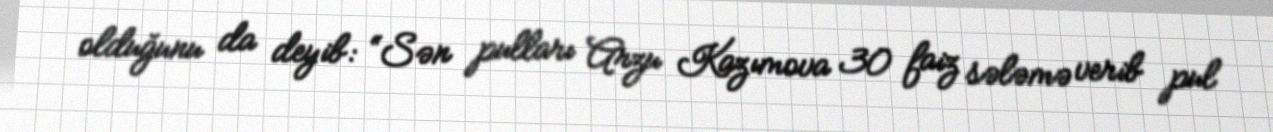
olduğunu da deyib: “Sən pulları Arzu Kazımova 30 faiz sələmə verib pul